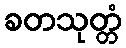
ခတသုတ္တံ